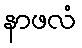
နာဖလံ